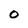
Character: o